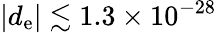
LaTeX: |d_{\mathrm{e}}|\lesssim 1.3\times 10^{-28}